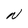
Character: N